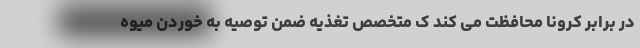
در برابر کرونا محافظت می کند ک متخصص تغذیه ضمن توصیه به خوردن میوه